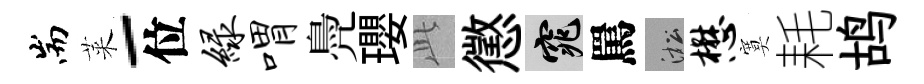
耑萊-位绿喟鳧瓔𬼘懲窕罵淞懋寞耗鸪